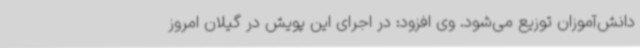
دانش‌آموزان توزیع می‌شود. وی افزود: در اجرای این پویش در گیلان امروز